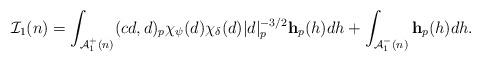
LaTeX: \begin{align*} \mathcal I_1(n) = \int_{\mathcal A_1^+(n)} (cd,d)_p\chi_{\psi}(d)\chi_{\delta}(d)|d|_p^{-3/2}\mathbf h_p(h) dh + \int_{\mathcal A_1^-(n)} \mathbf h_p(h) dh.\end{align*}